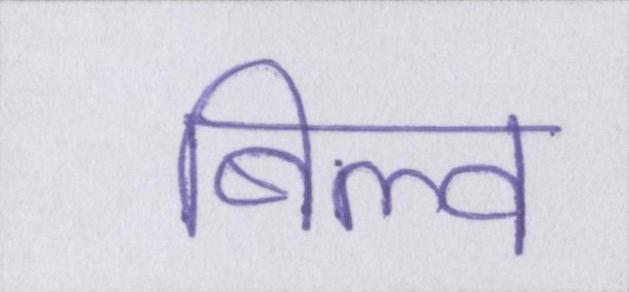
बिल्व